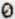
0